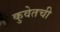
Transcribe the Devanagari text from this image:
कुवेतची